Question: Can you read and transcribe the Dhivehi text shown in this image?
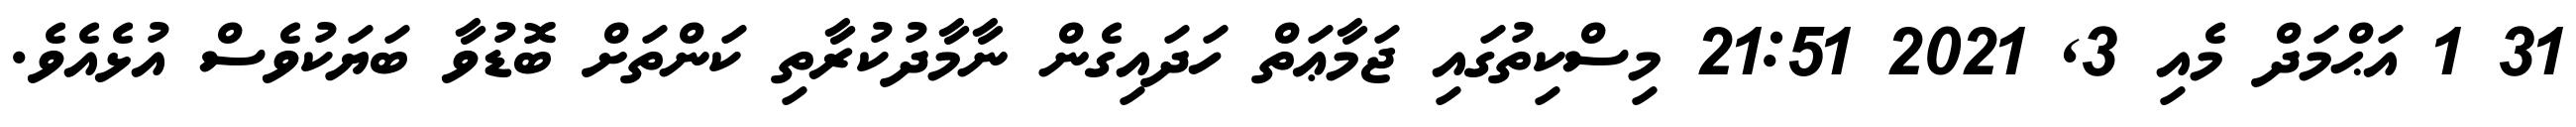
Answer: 31 1 އަޙްމަދް މެއި 3, 2021 21:51 މިސްކިތުގައި ޖަމާޢަތް ހަދައިގެން ނާމާދުކުރާތި ކަންތަށް ބޮޑުވާ ބަޔަކުވެސް އުޅެއެވެ.